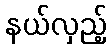
နယ်လှည့်